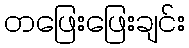
တဖြေးဖြေးချင်း